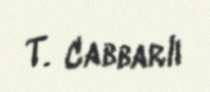
T. Cabbarlı